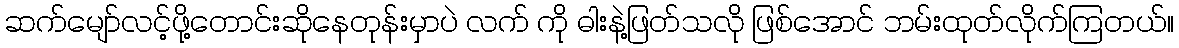
ဆက်မျော်လင့်ဖို့တောင်းဆိုနေတုန်းမှာပဲ လက် ကို ဓါးနဲ့ဖြတ်သလို ဖြစ်အောင် ဘမ်းထုတ်လိုက်ကြတယ်။